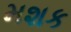
મશક